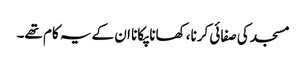
مسجد کی صفائی کرنا، کھانا پکانا ان کے یہ کام تھے۔